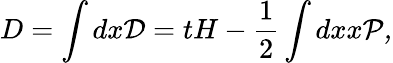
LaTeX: D=\int dx{\cal D}=tH-{\frac{1}{2}}\int dxx\cal{P},